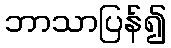
ဘာသာပြန်၍